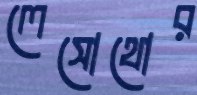
লেসোথোর